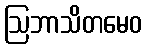
ဩဘာသိတမေဝ